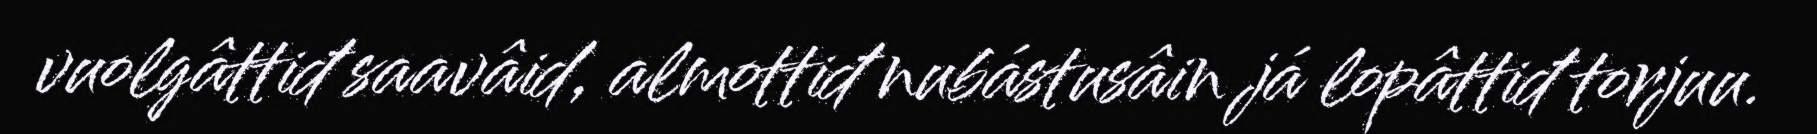
vuolgâttiđ saavâid, almottiđ nubástusâin já lopâttiđ torjuu.